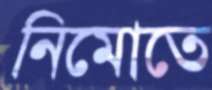
নিমোতে